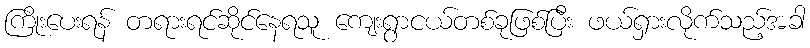
ကြိုးပေးရန် တရားရင်ဆိုင်နေရသူ ကျေးရွာငယ်တစ်ခုဖြစ်ပြီး ဖယ်ရှားလိုက်သည့်အခါ